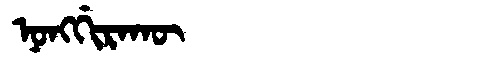
Manchu: ᠨᠣᠩᡤᡳᡵᠠᡴᡡ
Romanization: NONGGIRAKŪ